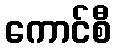
ကောင်စီ